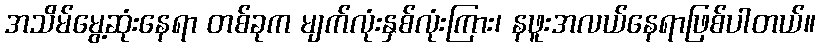
အသိမ်မွေ့ဆုံးနေရာ တစ်ခုက မျက်လုံးနှစ်လုံးကြား၊ နဖူးအလယ်နေရာဖြစ်ပါတယ်။